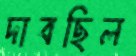
দাবছিল